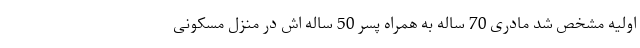
اولیه مشخص شد مادری 70 ساله به همراه پسر 50 ساله اش در منزل مسکونی